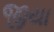
જીયા